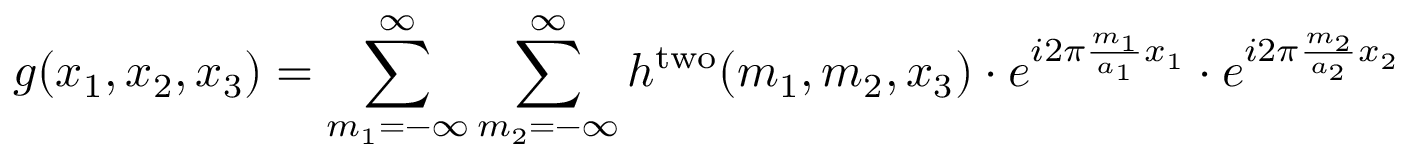
g ( x _ { 1 } , x _ { 2 } , x _ { 3 } ) = \sum _ { m _ { 1 } = - \infty } ^ { \infty } \sum _ { m _ { 2 } = - \infty } ^ { \infty } h ^ { \mathrm { t w o } } ( m _ { 1 } , m _ { 2 } , x _ { 3 } ) \cdot e ^ { i 2 \pi { \frac { m _ { 1 } } { a _ { 1 } } } x _ { 1 } } \cdot e ^ { i 2 \pi { \frac { m _ { 2 } } { a _ { 2 } } } x _ { 2 } }